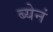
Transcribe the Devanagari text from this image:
ब्येनं